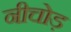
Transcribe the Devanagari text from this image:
नीचोड़